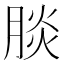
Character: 腅